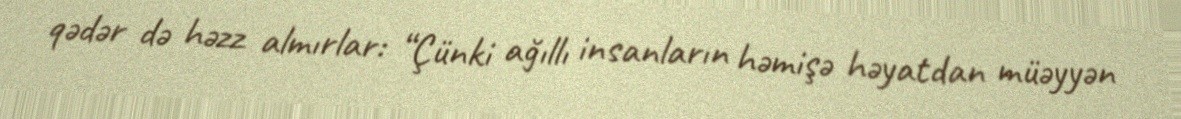
qədər də həzz almırlar: “Çünki ağıllı insanların həmişə həyatdan müəyyən